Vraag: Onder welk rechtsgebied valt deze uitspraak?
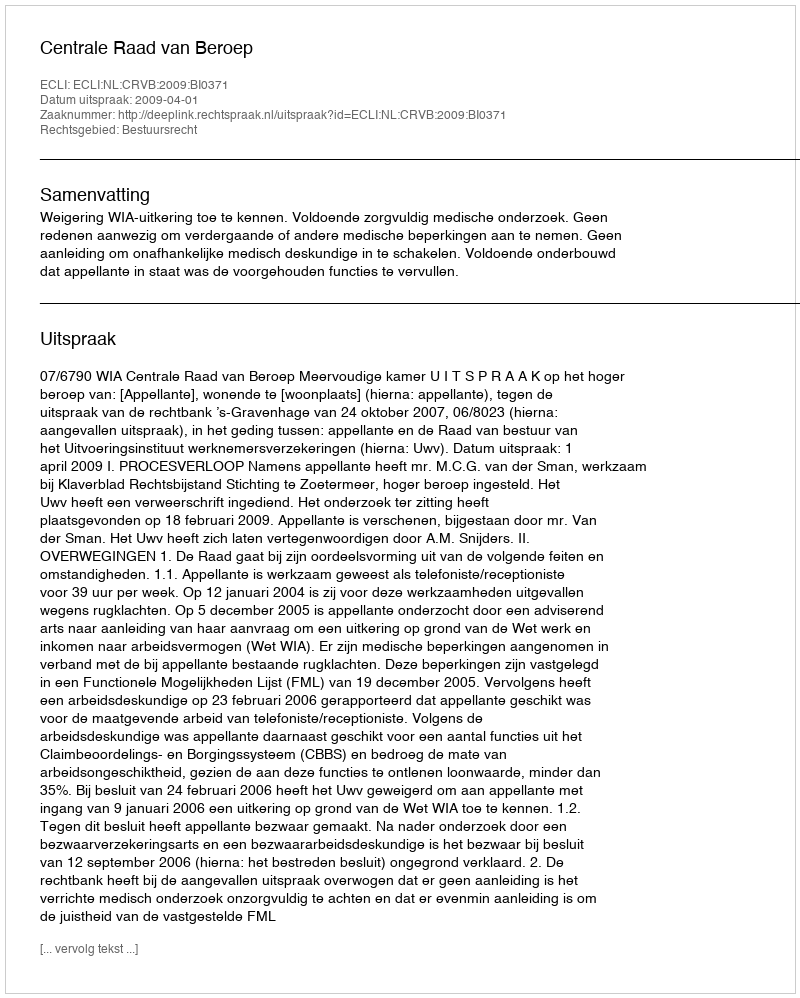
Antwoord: Bestuursrecht